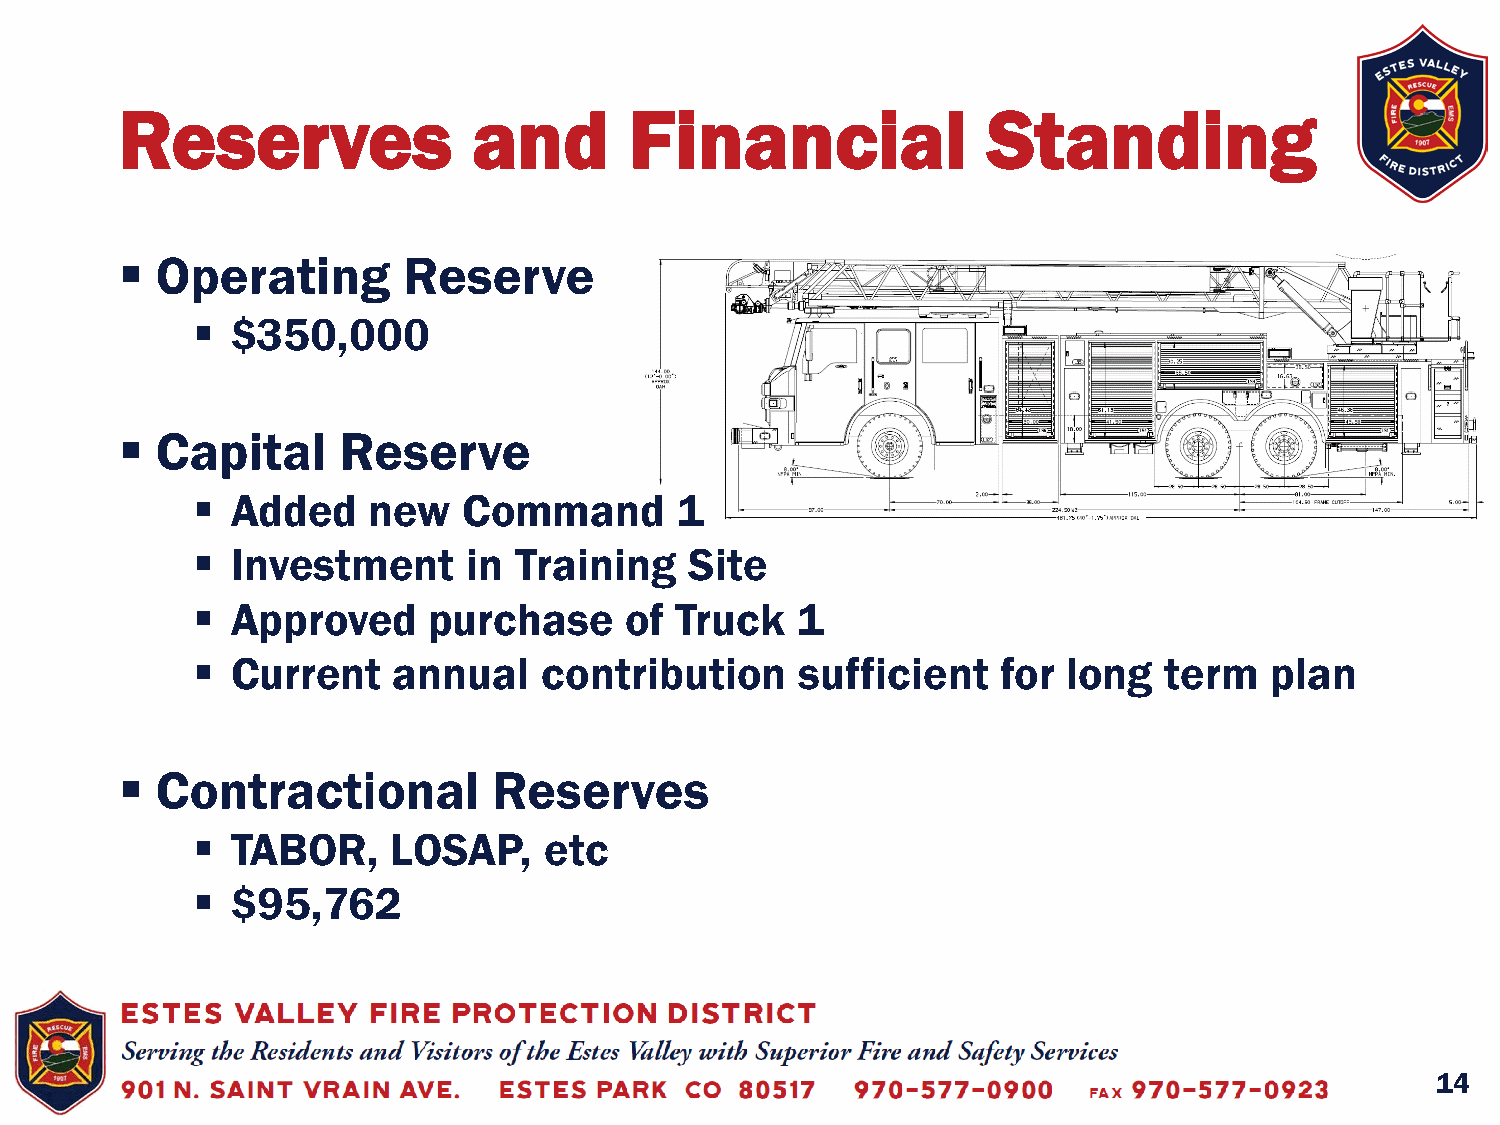
Reserves               and        Financial              Standing
  Operating        Reserve
  $350,000
  Capital     Reserve
  Added    new    Command       1
  Investment      in Training    Site
  Approved     purchase     of  Truck   1
  Current    annual    contribution     sufficient   for  long  term   plan
  Contractional          Reserves
  TABOR,     LOSAP,    etc
  $95,762
 14